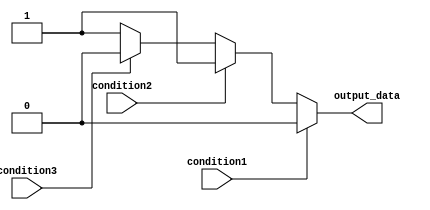
module multiple_if_else_statement(
    input wire condition1,
    input wire condition2,
    input wire condition3,
    output reg output_data
);

always @(*)
begin
    if(condition1)
    begin
        output_data <= 1'b0;
    end
    else if(condition2)
    begin
        output_data <= 1'b1;
    end
    else if(condition3)
    begin
        output_data <= 1'b0;
    end
    else
    begin
        output_data <= 1'b1;
    end
end

endmodule